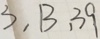
3 , 1 3 , 3 9